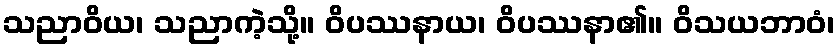
သညာဝိယ၊ သညာကဲ့သို့။ ဝိပဿနာယ၊ ဝိပဿနာ၏။ ဝိသယဘာဝံ၊